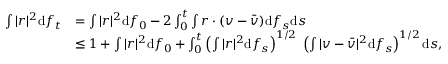
\begin{array} { r l } { \int | r | ^ { 2 } \mathrm d f _ { t } } & { = \int | r | ^ { 2 } \mathrm d f _ { 0 } - 2 \int _ { 0 } ^ { t } \int r \cdot ( v - \bar { v } ) \mathrm d f _ { s } \mathrm d s } \\ & { \le 1 + \int | r | ^ { 2 } \mathrm d f _ { 0 } + \int _ { 0 } ^ { t } \left( \int | r | ^ { 2 } \mathrm d f _ { s } \right) ^ { 1 / 2 } \; \left( \int | v - \bar { v } | ^ { 2 } \mathrm d f _ { s } \right) ^ { 1 / 2 } \mathrm d s , } \end{array}